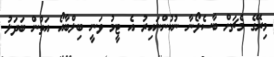
މިރޭގެ މެޗަށް ބާސެލޯނާ ނުކުންނައިރު އެ ޓީމު ވަނީ ބިލްބާއޯ އަތުން ބަދަލު